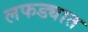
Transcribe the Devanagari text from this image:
लफड्यात